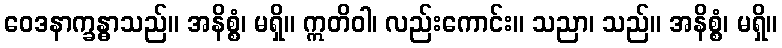
ဝေဒနာက္ခန္ဓာသည်။ အနိစ္စံ၊ မရှိ။ ဣတိဝါ၊ လည်းကောင်း။ သညာ၊ သည်။ အနိစ္စံ၊ မရှိ။